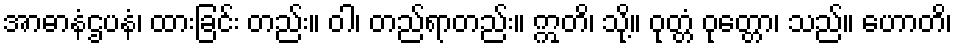
အာဓာနံဌပနံ၊ ထားခြင်း တည်း။ ဝါ၊ တည်ရာတည်း။ ဣတိ၊ သို့။ ဝုတ္တံ ဝုတ္တော၊ သည်။ ဟောတိ၊